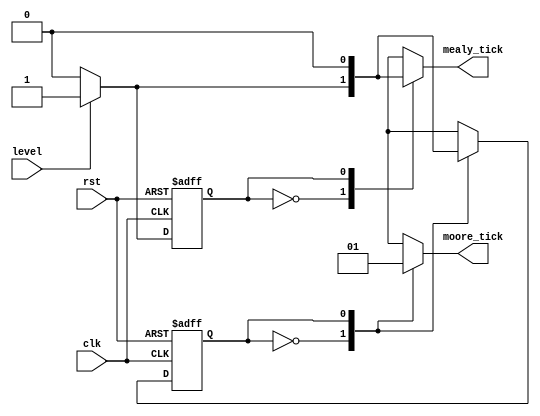
`timescale 1ns / 1ps
//////////////////////////////////////////////////////////////////////////////////
// Company: 
// Engineer: 
// 
// Design Name: 
// Module Name: edge_detector
// Project Name: 
// Target Devices: 
// Tool Versions: 
// Description: 
// 
// Dependencies: 
// 
// Revision:
// Revision 0.01 - File Created
// Additional Comments:
// 
//////////////////////////////////////////////////////////////////////////////////


module edge_detector(input wire clk,rst,level,output reg mealy_tick,moore_tick );
localparam zeromealy=1'b0,onemealy=1'b1;
localparam[1:0] zeromoore=2'b0,edgemoore=2'b01,onemoore=2'b10;
reg statemealy_reg, statemoore_reg;
reg[1:0] statemealy_next,statemoore_next;


always@(posedge clk,posedge rst)
    begin
        if(rst)
            begin
                
                statemealy_reg <= zeromealy;
                statemoore_reg <= zeromoore;
            end
        else
            begin
                statemealy_reg <= statemealy_next;
                statemoore_reg<=statemoore_next;
            end                      
    end
    
always@(level,statemealy_reg)
    begin
        statemealy_next = statemealy_reg;
        mealy_tick=1'b0;
        case(statemealy_reg)
            zeromealy :
                        if(level)
                                begin
                                    statemealy_next=onemealy;
                                    mealy_tick=1'b1;
                                 end
             onemealy : 
                        if(~level)
                            begin
                                statemealy_next =zeromealy;
                             end
                                
         endcase
         
   end
   
   
   
 always@(level,statemoore_reg)
    begin
        statemoore_next = statemoore_reg;
        moore_tick =1'b0;
        
        case(statemoore_reg)
            zeromoore : 
                        if(level)
                            begin
                                statemoore_next =edgemoore;
                             end
                             
            edgemoore : 
                    begin
                    
                        moore_tick =1'b1;

                        
                        if(level)
                            begin
                            statemoore_next =onemoore;
                            end
                        else
                            statemoore_next = zeromoore;
                     end
                            
            onemoore : 
                        if(~level)
                            statemoore_next=zeromoore;
                
                            
        endcase
        
   end
        
endmodule